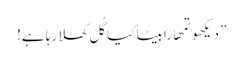
” دیکھو تمھارابیٹا کیا گُل کھلا رہا ہے!